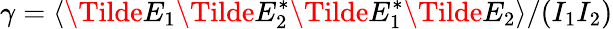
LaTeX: \gamma=\langle\Tilde{E}_{1}\Tilde{E}_{2}^{*}\Tilde{E}_{1}^{*}\Tilde{E}_{2}\rangle/(I_{1}I_{2})